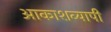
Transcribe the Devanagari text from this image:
आकाशव्यापी